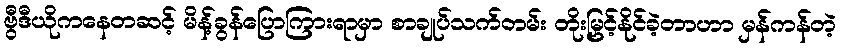
ဗွီဒီယိုကနေတဆင့် မိန့်ခွန်ပြောကြားရာမှာ စာချုပ်သက်တမ်း တိုးမြှင့်နိုင်ခဲ့တာဟာ မှန်ကန်တဲ့